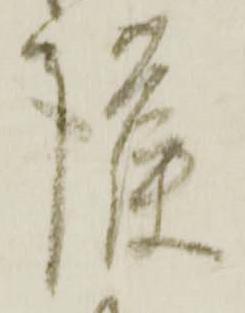
護